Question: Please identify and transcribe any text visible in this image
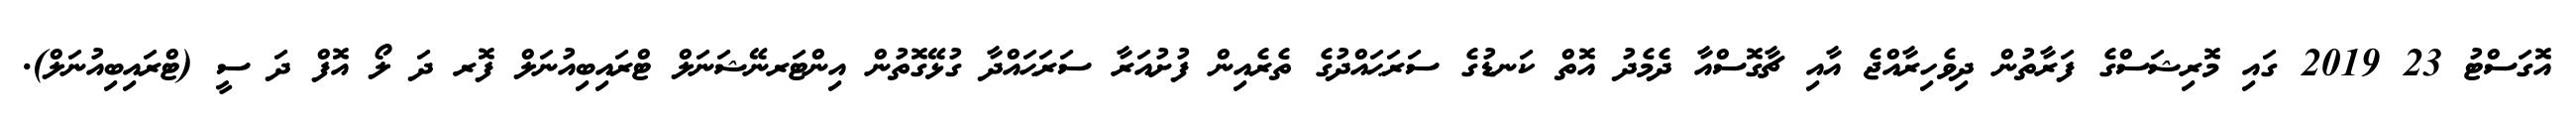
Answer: އޮގަސްޓު 23 2019 ގައި މޮރިޝަސްގެ ފަރާތުން ދިވެހިރާއްޖެ އާއި ޗާގޮސްއާ ދެމެދު އޮތް ކަނޑުގެ ސަރަޙައްދުގެ ތެރެއިން ފުށުއަރާ ސަރަޙައްދާ ގުޅޭގޮތުން އިންޓަރނޭޝަނަލް ޓްރައިބިއުނަލް ފޮރ ދަ ލޯ އޮފް ދަ ސީ (ޓްރައިބިއުނަލް).